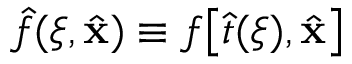
\hat { f } ( \xi , \hat { \bf x } ) \equiv f \big [ \hat { t } ( \xi ) , \hat { \bf x } \big ]